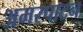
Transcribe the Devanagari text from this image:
अमरपाटन